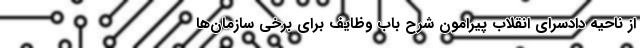
از ناحیه دادسرای انقلاب پیرامون شرح باب وظایف برای برخی سازمان‌ها